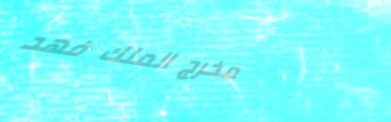
مخرج الملك فهد